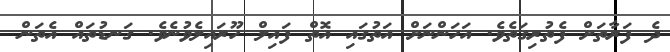
ދެ ފަރާތަށް ފެތުރިގަތެވެ. އަހަންނަށް އަތުގައި އޮތް ފައިލް ހޫރައިލެވުނެވެ. ގަނޑުތައް އެތަން